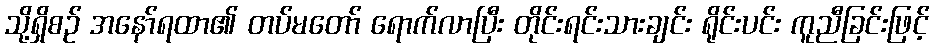
သို့ရှိစဉ် အနော်ရထာ၏ တပ်မတော် ရောက်လာပြီး တိုင်းရင်းသားချင်း ရိုင်းပင်း ကူညီခြင်းဖြင့်